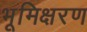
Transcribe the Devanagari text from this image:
भूमिक्षरण